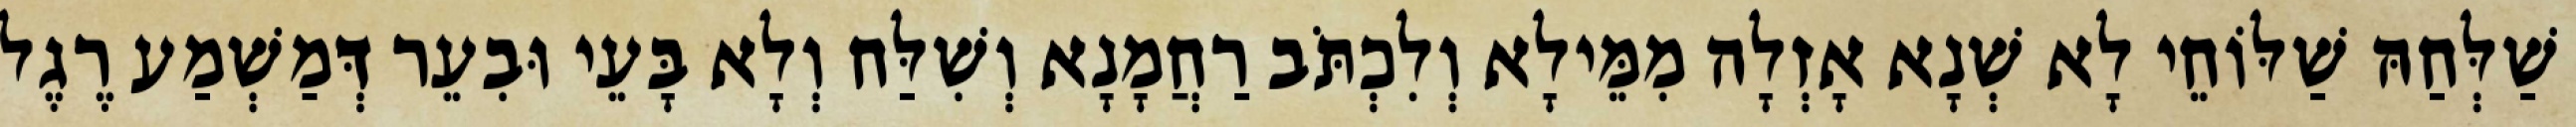
שַׁלְּחַהּ שַׁלּוֹחֵי לָא שְׁנָא אָזְלָה מִמֵּילָא וְלִכְתֹּב רַחֲמָנָא וְשִׁלַּח וְלָא בָּעֵי וּבִעֵר דְּמַשְׁמַע רֶגֶל